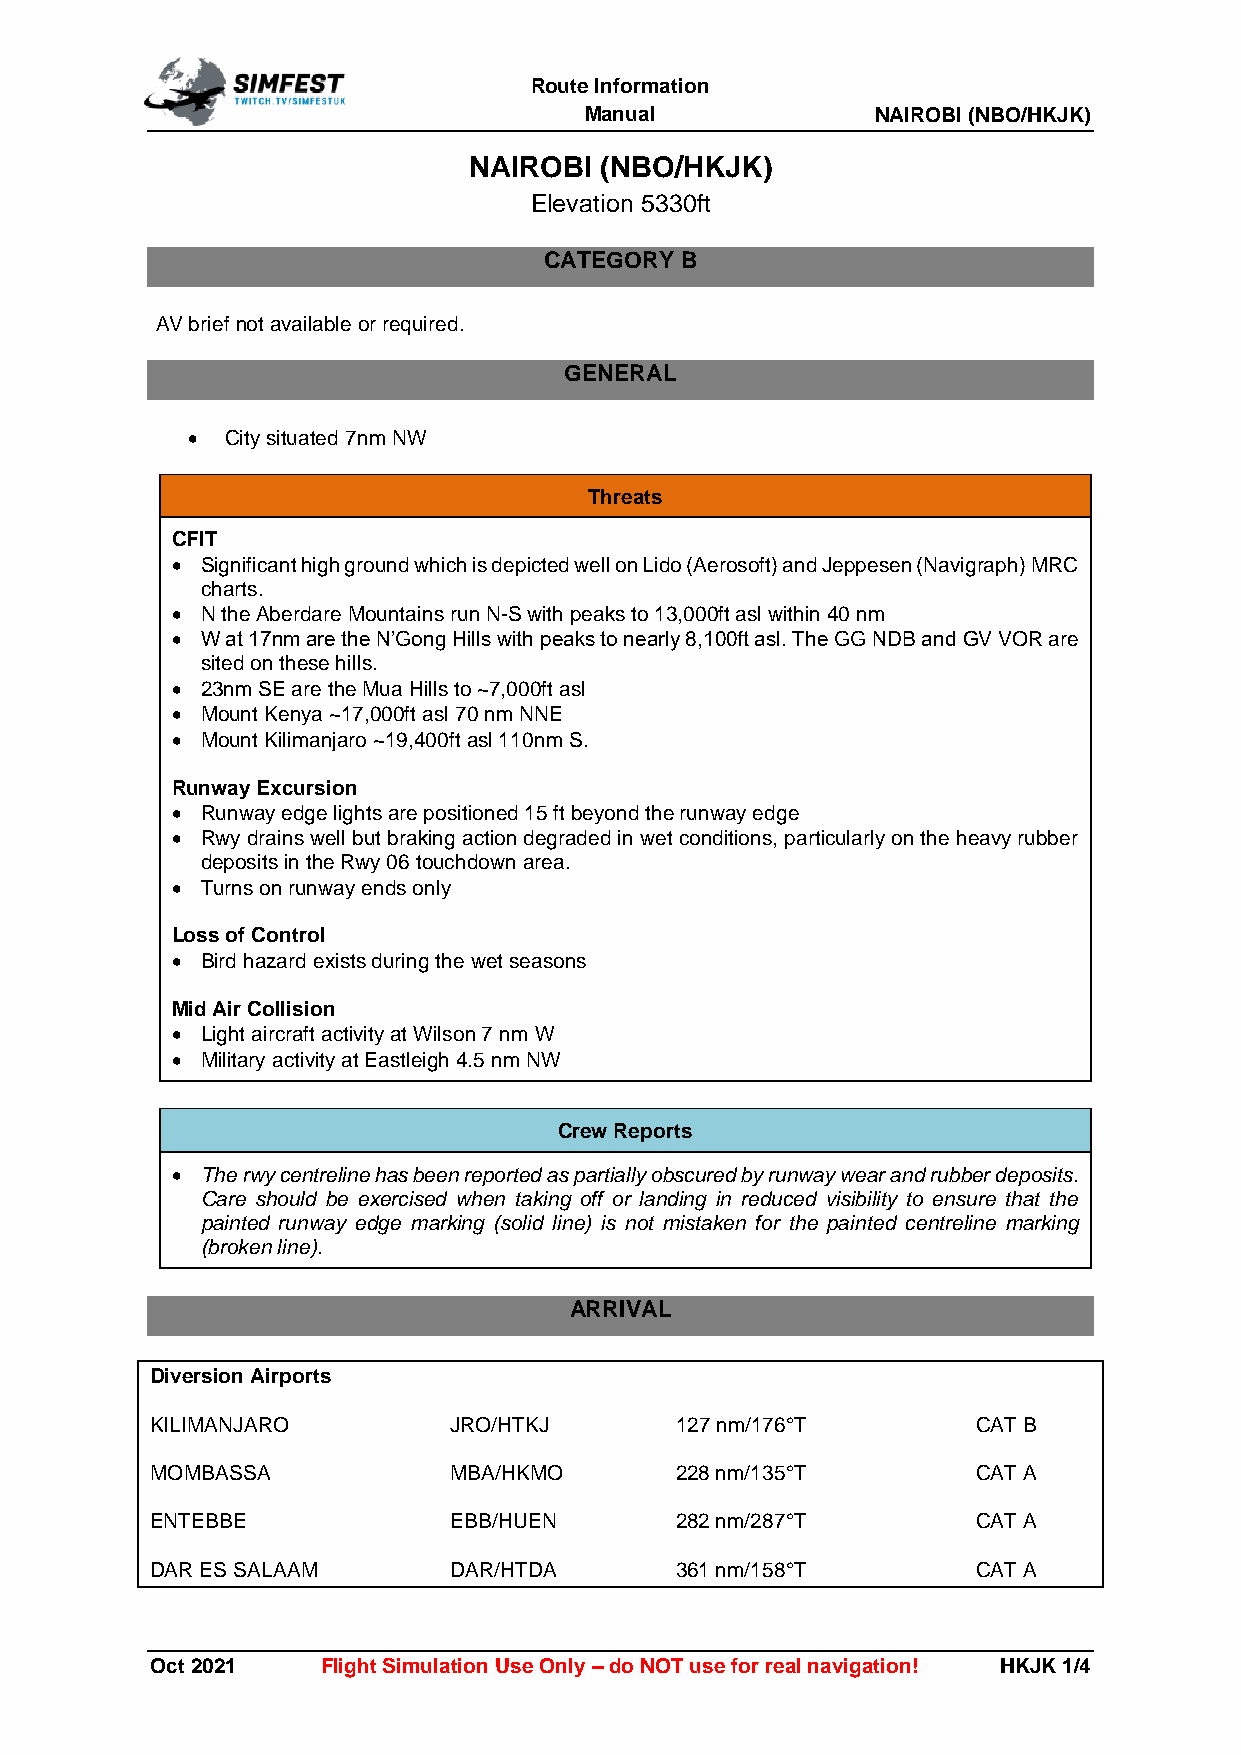
Route Information
 Manual             NAIROBI (NBO/HKJK)
 NAIROBI  (NBO/HKJK)
 Elevation 5330ft
 CATEGORY B
 AV brief not available or required.
 GENERAL
 •  City situated 7nm NW
 Threats
 CFIT
 • Significant high ground which is depicted well on Lido (Aerosoft) and Jeppesen (Navigraph) MRC
 charts.
 • N the Aberdare Mountains run N-S with peaks to 13,000ft asl within 40 nm
 • W at 17nm are the N’Gong Hills with peaks to nearly 8,100ft asl. The GG NDB and GV VOR are
 sited on these hills.
 • 23nm SE are the Mua Hills to ~7,000ft asl
 • Mount Kenya ~17,000ft asl 70 nm NNE
 • Mount Kilimanjaro ~19,400ft asl 110nm S.
 Runway Excursion
 • Runway edge lights are positioned 15 ft beyond the runway edge
 • Rwy drains well but braking action degraded in wet conditions, particularly on the heavy rubber
 deposits in the Rwy 06 touchdown area.
 • Turns on runway ends only
 Loss of Control
 • Bird hazard exists during the wet seasons
 Mid Air Collision
 • Light aircraft activity at Wilson 7 nm W
 • Military activity at Eastleigh 4.5 nm NW
 Crew Reports
 • The rwy centreline has been reported as partially obscured by runway wear and rubber deposits.
 Care should be exercised when taking off or landing in reduced visibility to ensure that the
 painted runway edge marking (solid line) is not mistaken for the painted centreline marking
 (broken line).
 ARRIVAL
 Diversion Airports
 KILIMANJARO         JRO/HTKJ       127 nm/176°T        CAT B
 MOMBASSA            MBA/HKMO       228 nm/135°T        CAT A
 ENTEBBE             EBB/HUEN       282 nm/287°T        CAT A
 DAR ES SALAAM       DAR/HTDA       361 nm/158°T        CAT A
 Oct 2021   Flight Simulation Use Only – do NOT use for real navigation! HKJK 1/4